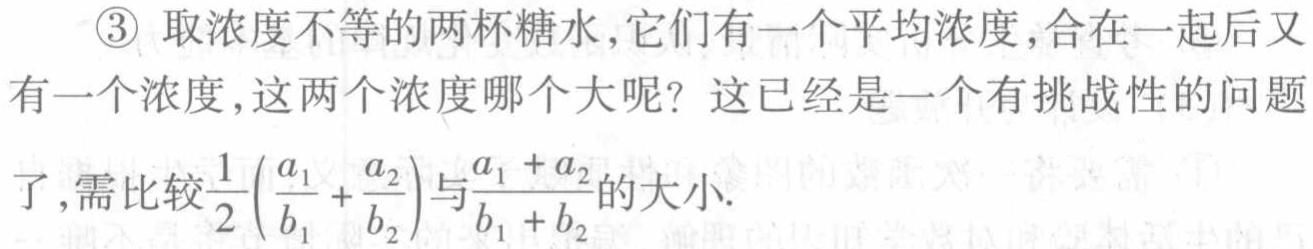
\textcircled{3} 取浓度不等的两杯糖水,它们有一个平均浓度,合在一起后又有一个浓度,这两个浓度哪个大呢？这已经是一个有挑战性的问题了,需比较$\frac{1}{2}\left(\frac{a_{1}}{b_{1}} + \frac{a_{2}}{b_{2}}\right)$与$\frac{a_{1} + a_{2}}{b_{1} + b_{2}}$的大小.